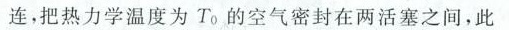
连，把热力学温度为To的空气密封在两活塞之间，此